system: You are a helpful assistant.
user:
Analyze the provided spectrum to determine if it is a **M-type Giant (gM)**.

A M-type Giant spectrum is defined by its **strong molecular absorption** features, particularly from **Titanium Oxide (TiO)**. You must check for one of the following mutually exclusive signatures:

- **Key Visual Indicators (Absorption-Dominated Spectrum):**

    - **(Primary):** The spectrum is dominated by strong molecular absorption from **Titanium Oxide (TiO)**. This is the **defining feature** of its M-type temperature class.
        - **(Key Bandheads):** Look for sharp, "saw-tooth" absorption valleys. The strongest are located near **~7050 Å**, **~6160 Å**, and **~5170 Å**.
        - **(Line Profile):** The "saw-tooth" morphology is critical: a **sharp, steep drop on the BLUE (short-wavelength) side** of the bandhead, followed by a gradual recovery (rising flux) towards the RED (long-wavelength) side.

    - **(Key Confirmation - Giant vs. Dwarf):** **ABSENCE** of strong **Calcium Hydride (CaH)** molecular bands. This is the primary diagnostic for *excluding* M-dwarfs.
        - **(Key Region):** The spectrum should lack the strong, broad absorption band seen in dwarfs between **~6800 Å and ~7000 Å**.

    - **(Secondary Confirmation - Giant):** A very strong and broad **Neutral Calcium (Ca I)** atomic absorption line.
        - **(Key Line):** Located at **~4226 Å**. In a giant (gM), this line is significantly deeper and broader than the same line in an M-dwarf (dM) due to low surface gravity.

    - **(Overall Spectrum):**
        - The continuum is **extremely red-sloping** (i.e., flux is very low in the blue and rises dramatically towards the red).
        - The entire spectrum appears "chopped up" by the deep TiO bands.

Think first, call **spectral_visualization_tool** if needed to examine features in detail, then provide your final answer. Your response must adhere to the following strict rules:
1.  **Overall Structure:** Your response must follow the format `<think>...</think> <tool_call>...</tool_call> (if a tool is used) <answer>...</answer>`.
2.  **Tool Usage Constraint:** You may only make **one** tool call per turn.
3.  **Final Answer Format:** In the `<answer>` tag, your conclusion must be inside a `\boxed{}` command (e.g., `\boxed{YES}` or `\boxed{NO}`), followed by your justification.

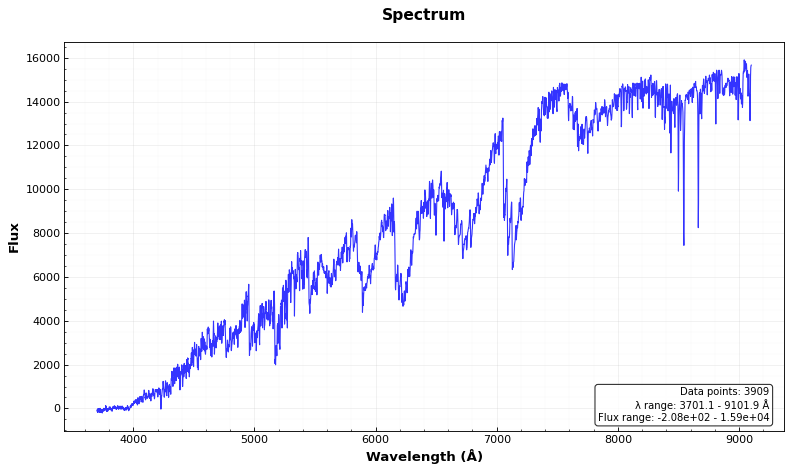
Answer: YES